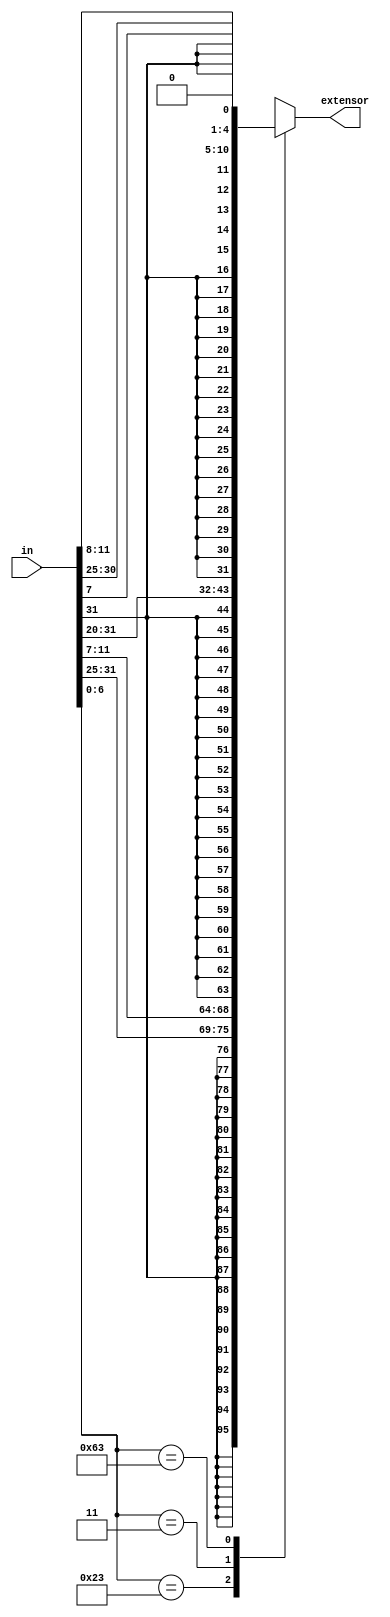
module signal_extend(
   in,
   extensor
);
    input [31:0] in;
    output[31:0] extensor;
    reg[31:0] IMM_OUT;
    wire[6:0] opcode;
    wire[2:0] funct3;

    assign extensor = IMM_OUT;
    assign opcode = in[6:0];
    assign funct3 = in[14:12];
    always @(in) 
    case(opcode)
        7'b0100011: IMM_OUT <= { {21{in[31]}}, in[30:25], in[11:8], in[7]};     // SD       -> S-Type
        7'b0000011: IMM_OUT <= { {21{in[31]}}, in[30:25], in[24:21], in[20]};   // LD       -> I-Type
        7'b1100011: IMM_OUT <= { {20{in[31]}}, in[7], in[30:25], in[11:8], {1{1'b0}}};  // BRANCH -> B-Type
        default: IMM_OUT <= 32'bx;
    endcase
endmodule